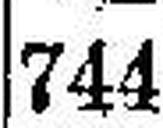
744.—